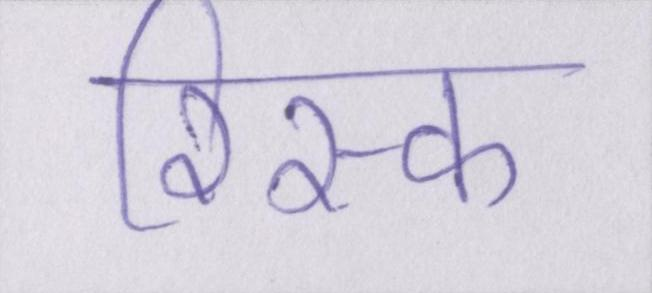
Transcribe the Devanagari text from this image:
रिस्क